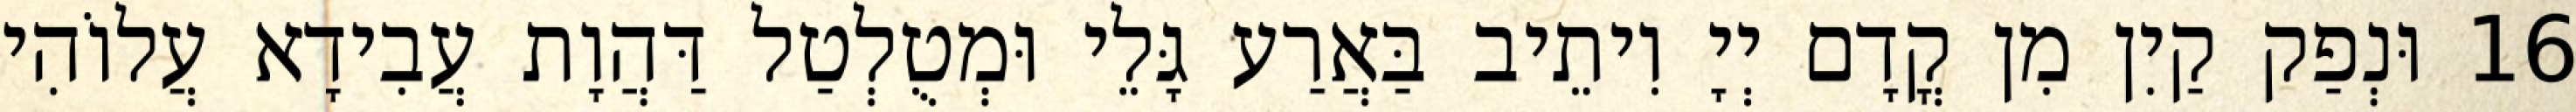
16 וּנְפַק קַיִן מִן קֳדָם יְיָ וִיתֵיב בַּאֲרַע גָּלֵי וּמְטֻלְטַל דַּהֲוָת עֲבִידָא עֲלוֹהִי